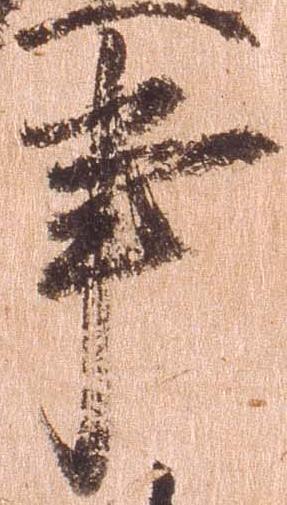
事